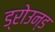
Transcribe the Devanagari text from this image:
ड्रोउन्ड